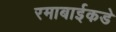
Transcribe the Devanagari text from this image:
रमाबाईकडे